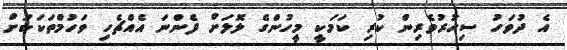
އެ ދުވަހު ސިހުރުވެރިން ކުރި ކަމަކީ މީހުންގެ ލޮލަށް ފެންނަ އެއްޗެހި ވަހުމްތަކަކަށް